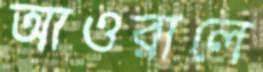
আওরালে